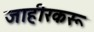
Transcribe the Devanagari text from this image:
जाहीरकरू